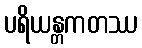
ပရိယန္တကတဿ